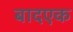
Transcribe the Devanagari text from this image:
बादएक